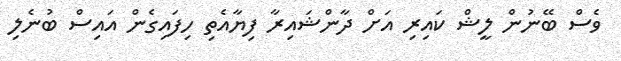
ވެސް ބޭނުން ލީޝް ކައިރި އަށް ދާންޝައިރާ ފިޔާއެތި ހިފައިގެން އައިސް ބުނެލި